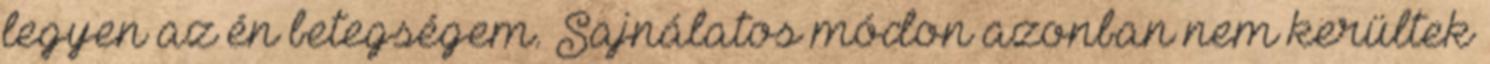
legyen az én betegségem. Sajnálatos módon azonban nem kerültek